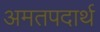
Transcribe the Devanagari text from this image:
अमतपदार्थ